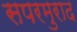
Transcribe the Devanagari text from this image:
सपरमुराद